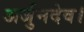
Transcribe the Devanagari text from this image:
अर्जुनदेव।